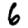
Digit: 6